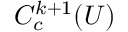
C _ { c } ^ { k + 1 } ( U )